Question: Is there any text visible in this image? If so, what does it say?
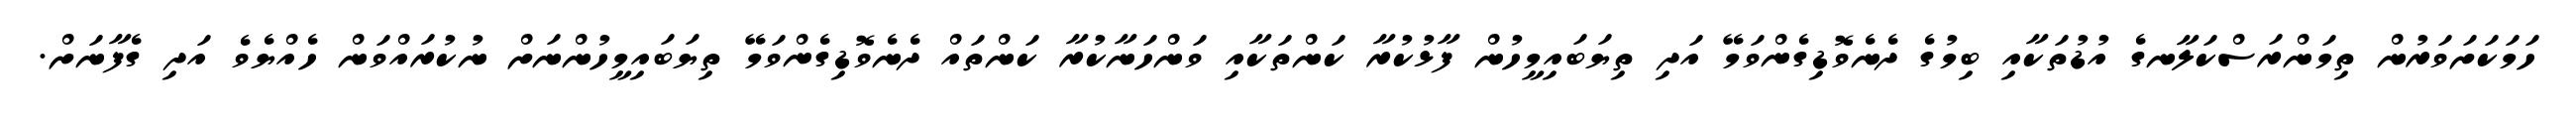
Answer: ހަމަކަށަވަރުން ތިމަންރަސްކަލާނގެ އުޑުތަކާއި ބިމުގެ ދެނެވޮޑިގެންވަމޭ އަދި ތިޔަބައިމީހުން ފާޅުކުރާ ކަންތަކާއި ވަންހަނާކުރާ ކަންތައް ދެނެވޮޑިގެންވަމޭ ތިޔަބައިމީހުންނަށް ނުކުރައްވަން ހެއްޔެވެ އަދި ގެފާނަށް.